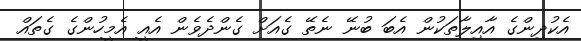
އެކުދިންގެ އާއިލާތަކުން އެބަ ބުނޭ ނެތޭ ގެއަށް ގެންދެވެން އެއީ އެމީހުންގެ ގެތައް